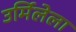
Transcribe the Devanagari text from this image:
उर्मिलेला